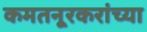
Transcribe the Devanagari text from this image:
कमतनूरकरांच्या